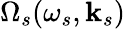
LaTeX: \Omega_{s}(\omega_{s},\mathbf{k}_{s})